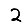
Digit: 2